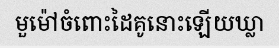
មួម៉ៅចំពោះដៃគូនោះឡើយឃ្លា